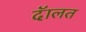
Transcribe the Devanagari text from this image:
दॅालत